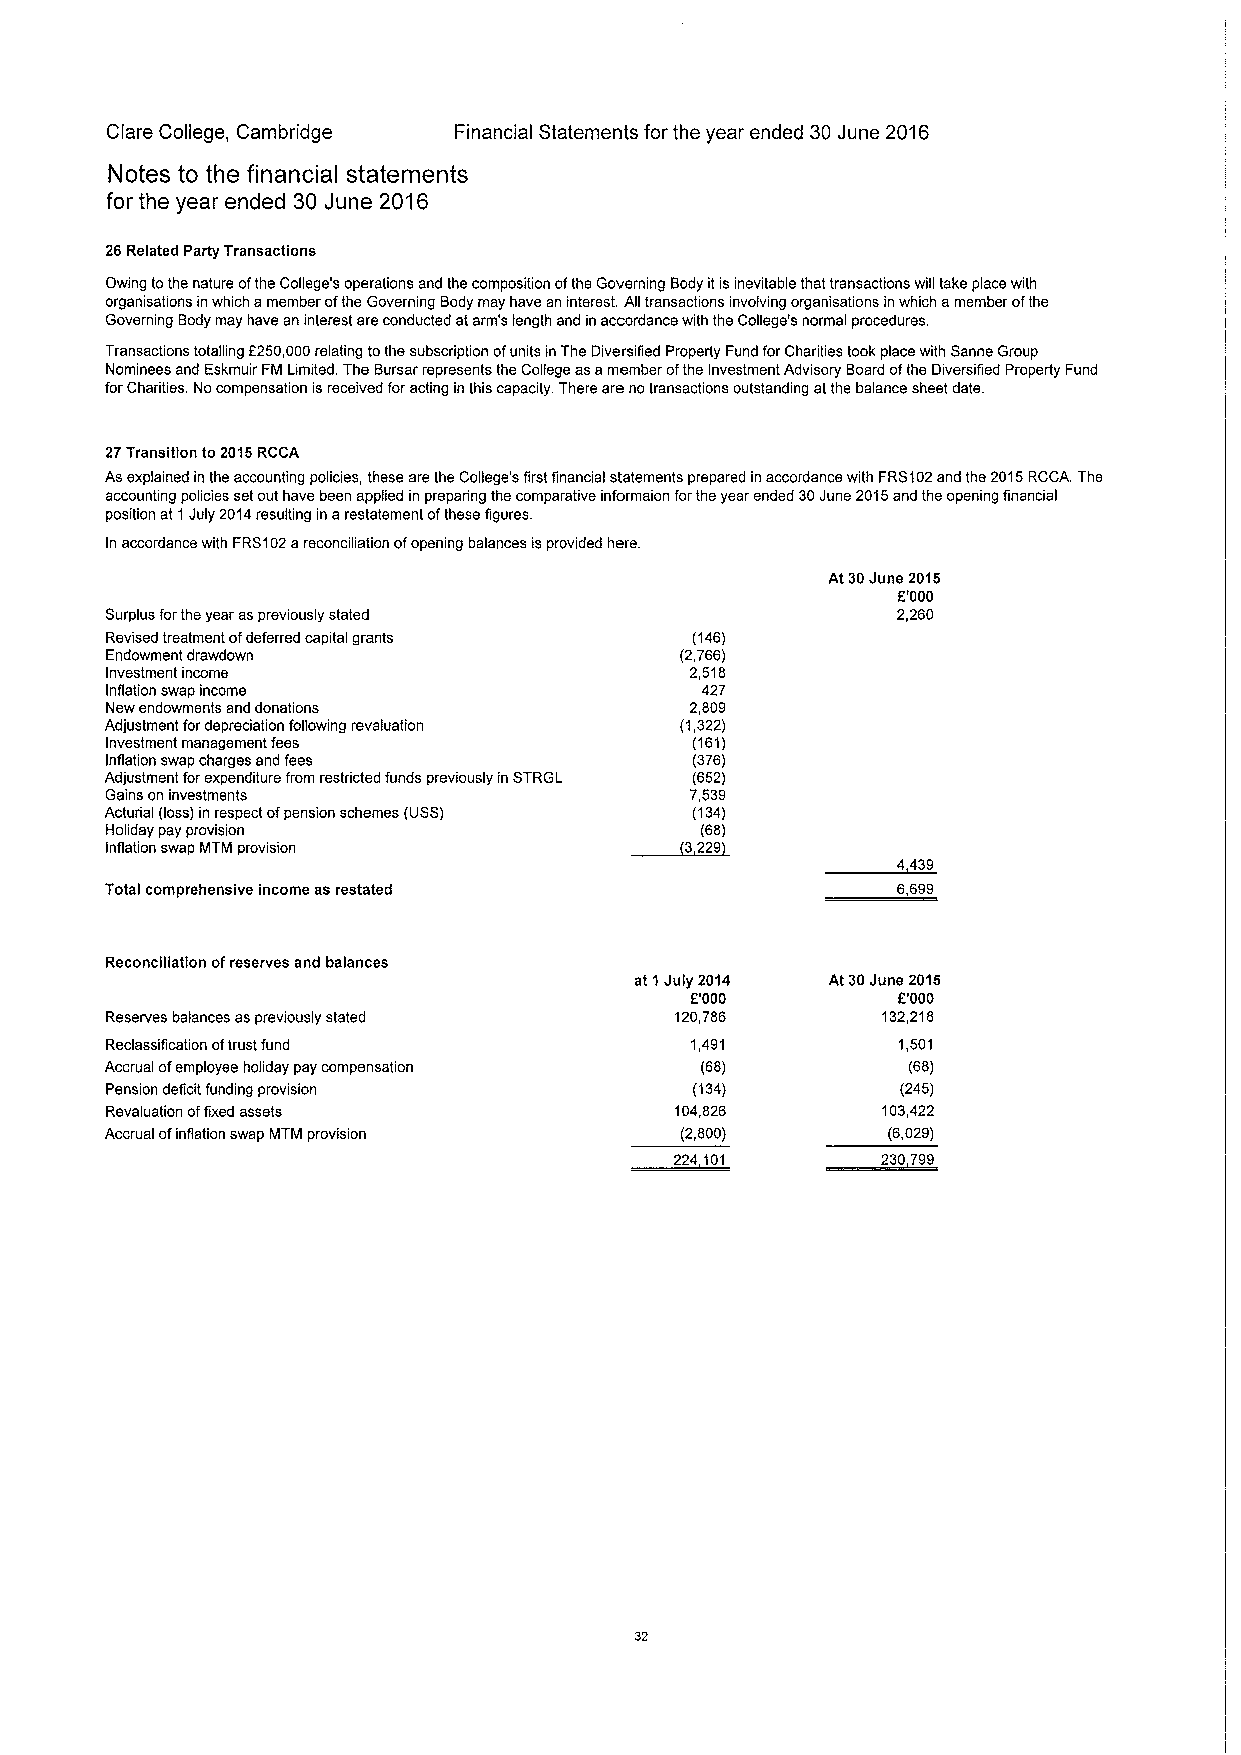
Clare College, Cambridge Financial Statements for the year ended 30June 2016
 Notes to the financial statements
 for the year ended 30 June 2016
 26 Related Party Transactions
 Owing tothe nature ofthe College's operations and the composition ofthe Governing Body itisinevitable that transactions will take place with
 organisations inwhich amember ofthe Governing Body may have an interest. All transactions involving organisations inwhich amember ofthe
 Governing Body may have an interest are conducted atarm's length and in accordance with the College's normal procedures.
 Transactions totalling f250,000relating tothe subscription ofunits inThe Diversified Property Fund forCharities took place with Sanne Group
 Nominees and Eskmuir FM Limited. The Bursar represents the College asamember ofthe Investment Advisory Board ofthe Diversified Property Fund
 forCharities. No compensation isreceived foracting in this capacity. There are no transactions outstanding atthe balance sheet date.
 27Transition to2015RCCA
 As explained in the accounting policies, these are the College's first financial statements prepared inaccordance with FRS102and the 2015RCCA. The
 accounting policies setout have been applied in preparing the comparative informaion forthe year ended 30June 2015and the opening financial
 position at 1July 2014resulting in arestatement ofthese figures.
 In accordance with FRS102areconciliation ofopening balances isprovided here.
 At30June 2015
 f'000
 Surplus forthe year as previously stated            2,260
 Revised treatment ofdeferred capital grants (146)
 Endowment drawdown                    (2,766)
 Investment income                      2,518
 Inflation swap income                  427
 New endowments and donations           2,809
 Adjustment fordepreciation following revaluation (1,322)
 Investment management fees             (161)
 Inflation swap charges and fees        (376)
 Adjustment forexpenditure from restricted funds previously in STRGL (652)
 Gains on investments                   7,539
 Acturial (loss) in respect ofpension schemes (USS) ~3(134)
 Holiday pay provision                  (68)
 Inflation swap MTM provision           229
 4439
 Total comprehensive income as restated              6,699
 Reconciliation ofreserves and balances
 at 1July 2014 At 30June 2015
 f'000        f'000
 Reserves balances as previously stated 120,786     132,218
 Reclassification oftrust fund          1,491        1,501
 Accrual ofemployee holiday pay compensation (68)     (68)
 Pension deficit funding provision      (134)         (245)
 Revaluation offixed assets            104,826      103,422
 Accrual ofinflation swap MTM provision (2,800)      (6,029)
 224 F1       230799
 32